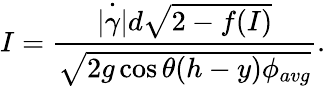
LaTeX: I=\frac{\dot{|\gamma|}d\sqrt{2-f(I)}}{\sqrt{2g\cos\theta(h-y)\phi_{avg}}}.